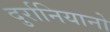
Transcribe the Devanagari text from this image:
दुर्रानियानो